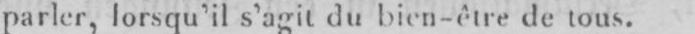
parler, lorsqu’il s’agit dubien-être de tous.